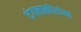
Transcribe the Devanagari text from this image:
दंगलखोरांना